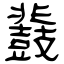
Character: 鼗